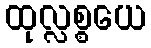
ထုလ္လစ္စယေ